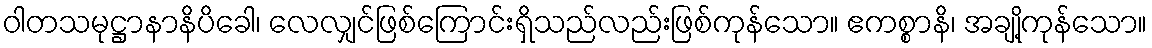
ဝါတသမုဋ္ဌာနာနိပိခေါ၊ လေလျှင်ဖြစ်ကြောင်းရှိသည်လည်းဖြစ်ကုန်သော။ ဧကစ္စာနိ၊ အချို့ကုန်သော။